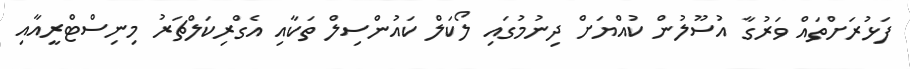
ފަޅުރަށްތައް ވަރުގާ އުސޫލުން ކުއްޔަށް ދިނުމުގައި ލޯކަލް ކައުންސިލް ތަކާއި އެގްރިކަލްޗަރު މިނިސްޓްރީއާއި